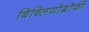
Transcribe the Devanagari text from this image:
बिब्लियोग्रोफी